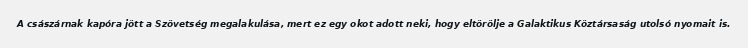
A császárnak kapóra jött a Szövetség megalakulása, mert ez egy okot adott neki, hogy eltörölje a Galaktikus Köztársaság utolsó nyomait is.